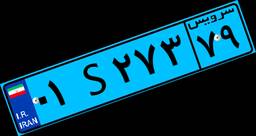
۰۱S۲۷۳۷۹